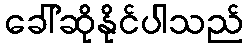
ခေါ်ဆိုနိုင်ပါသည်